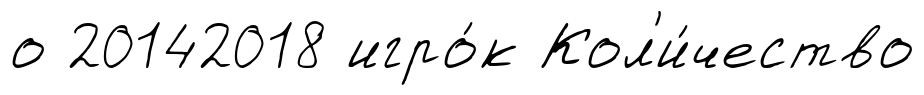
о 20142018 игро́к Кол'и́чество